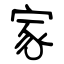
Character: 家